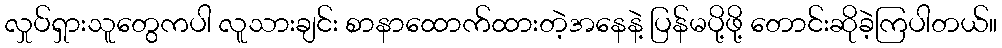
လှုပ်ရှားသူတွေကပါ လူသားချင်း စာနာထောက်ထားတဲ့အနေနဲ့ ပြန်မပို့ဖို့ တောင်းဆိုခဲ့ကြပါတယ်။